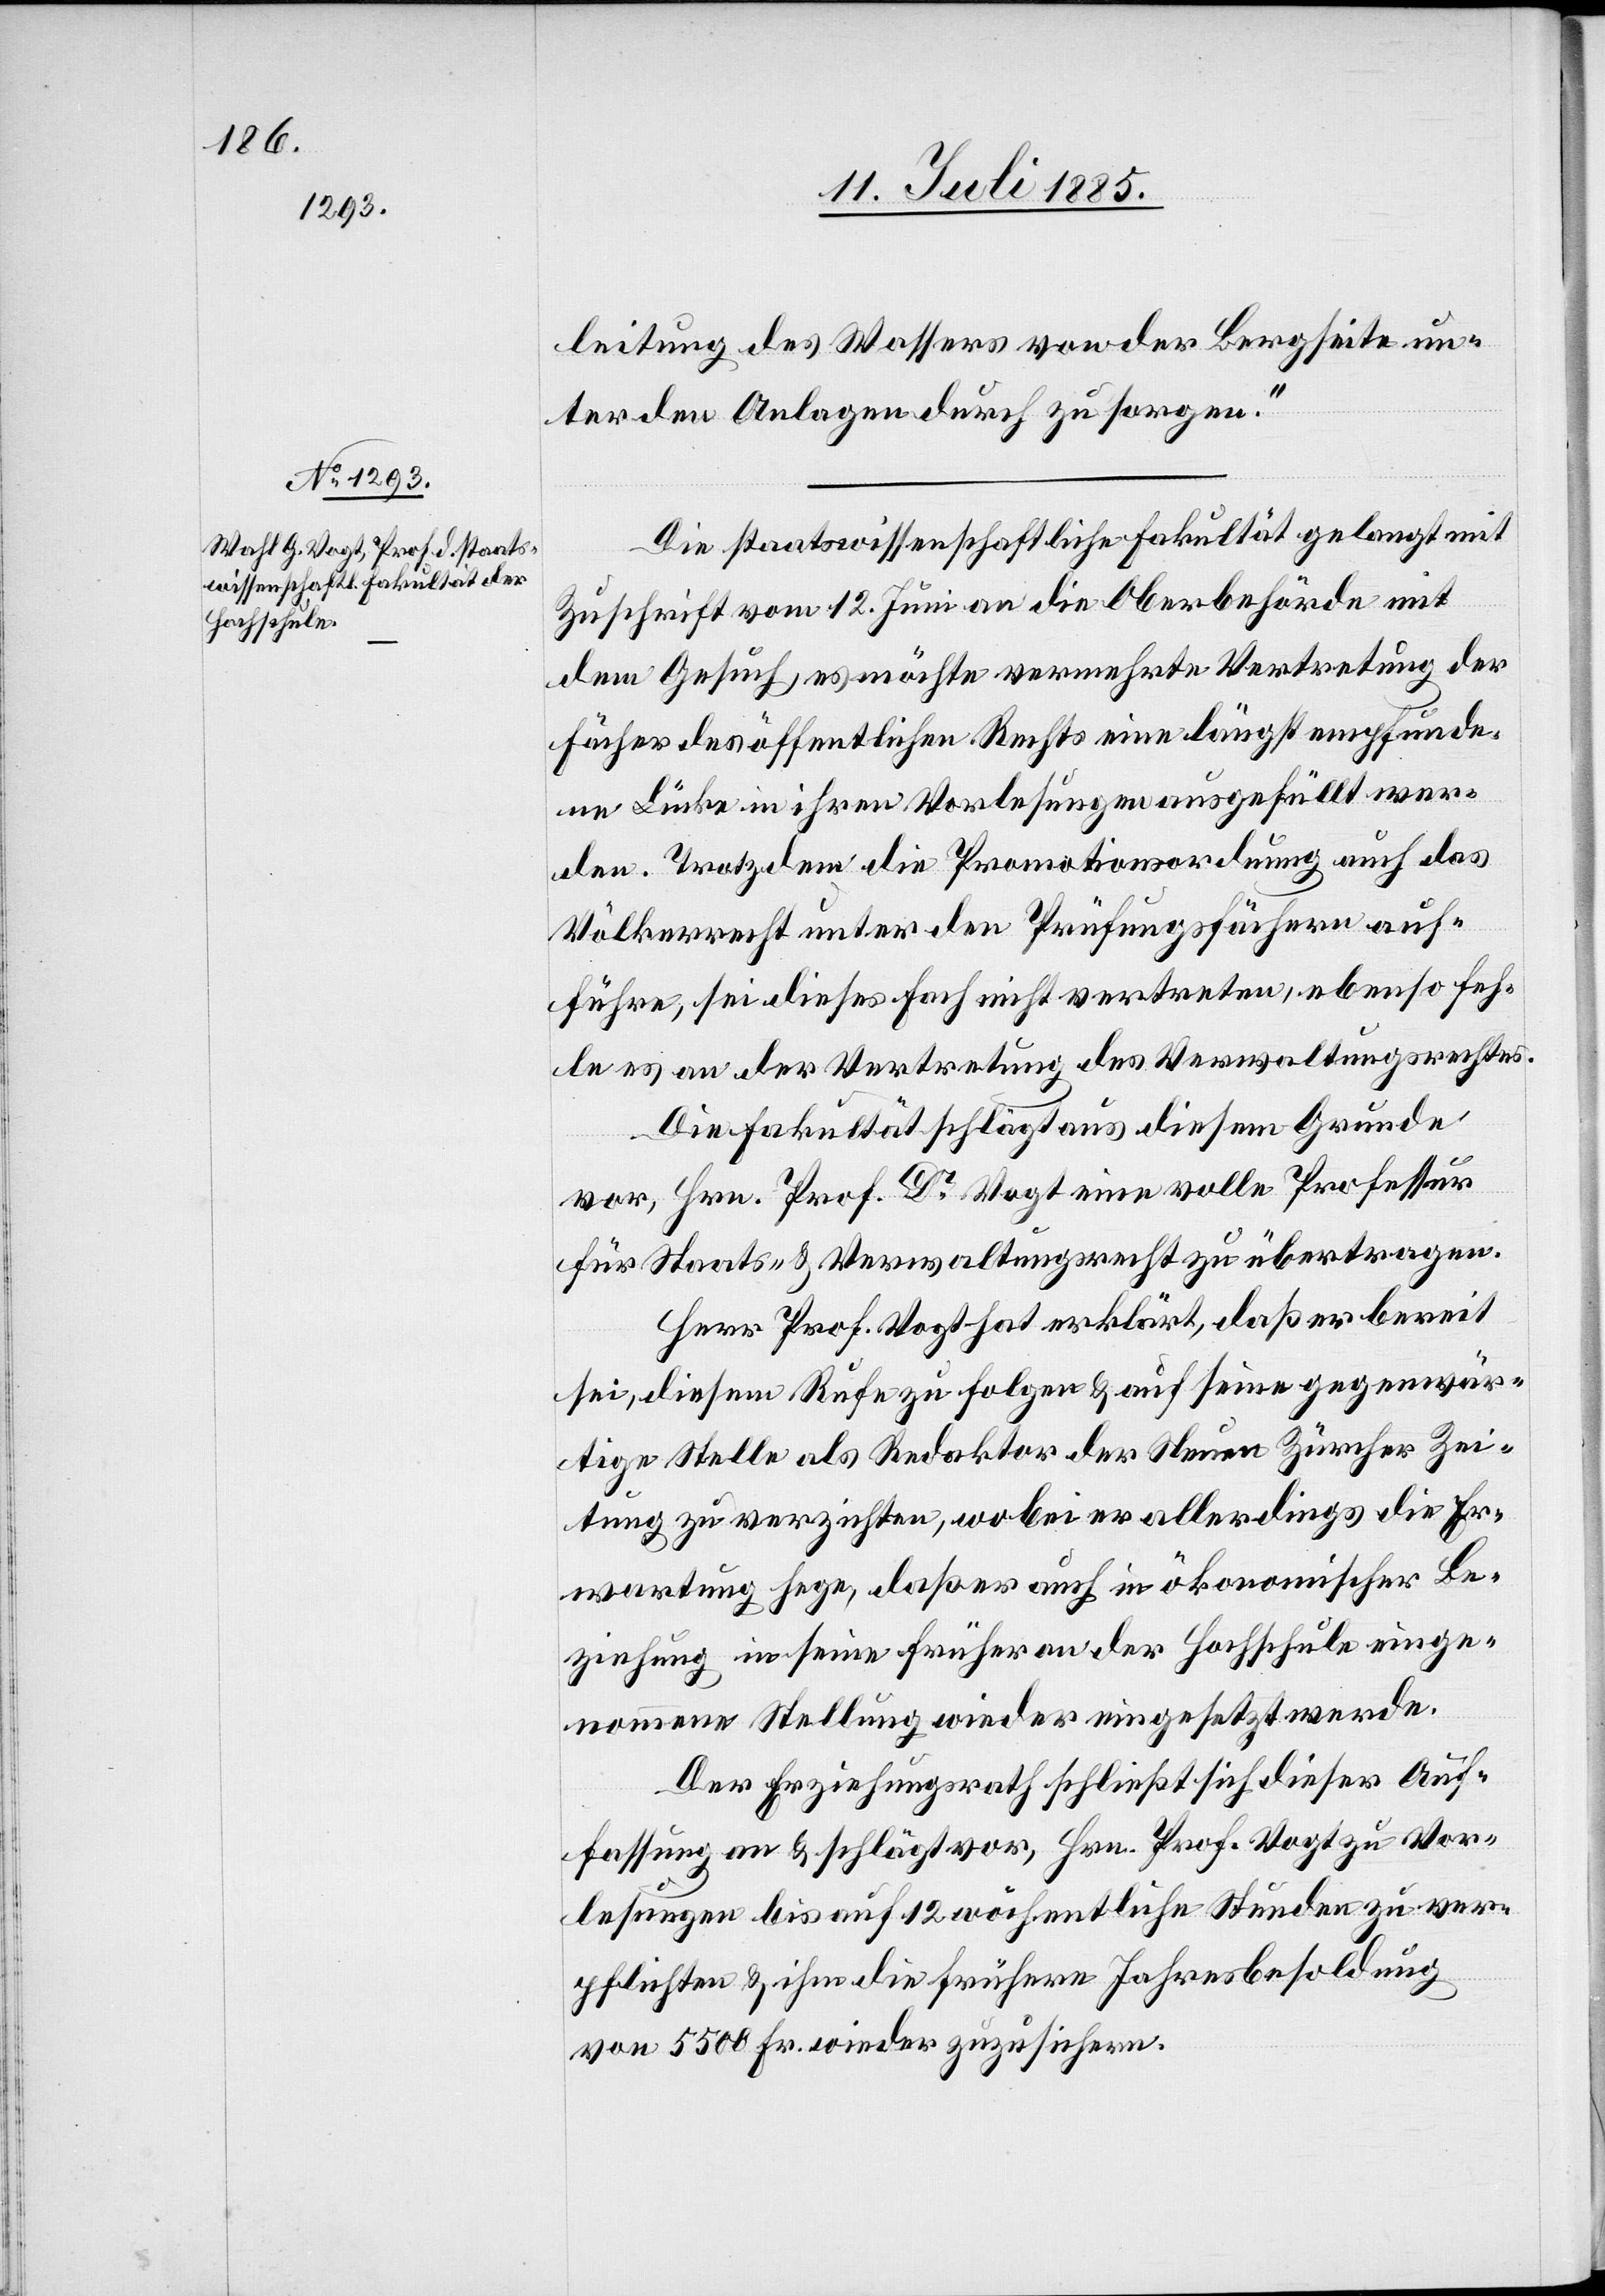
Die staatswissenschaftliche Fakultät gelangt mit
Zuschrift vom 12. Juni an die Oberbehörde mit
dem Gesuch, es möchte vermehrte Vertretung der
Fächer des öffentlichen Rechts eine längst empfunde¬
ne Lücke in ihren Vorlesungen ausgefüllt wer¬
den. Trotzdem die Promotionsordnung auch das
Völkerrecht unter den Prüfungsfächern auf¬
führe, sei dieses Fach nicht vertreten, ebenso feh¬
le es an der Vertretung des Verwaltungsrechtes.
Die Fakultät schlägt aus diesem Grunde
vor, Hrn. Prof. Dr Vogt eine volle Professur
für Staats- & Verwaltungsrecht zu übertragen.
Herr Prof. Vogt hat erklärt, daß er bereit
sei, diesem Rufe zu folgen & auf seine gegenwär¬
tige Stelle als Redaktor der Neuen Zürcher Zei¬
tung zu verzichten, wobei er allerdings die Er¬
wartung hege, daß er auch in ökonomischer Be¬
ziehung in seine früher an der Hochschule einge¬
nommene Stellung wieder eingesetzt werde.
Der Erziehungsrath schließt sich dieser Auf¬
fassung an & schlägt vor, Hrn. Prof. Vogt zu Vor¬
lesungen bis auf 12 wöchentliche Stunden zu ver¬
pflichten & ihm die frühere Jahresbesoldung
von 5500 Fr. wieder zuzusichern.